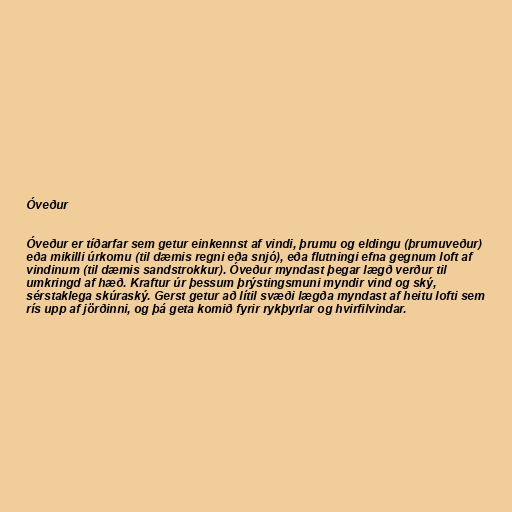
Óveður

Óveður er tíðarfar sem getur einkennst af vindi, þrumu og eldingu (þrumuveður)
eða mikilli úrkomu (til dæmis regni eða snjó), eða flutningi efna gegnum loft af
vindinum (til dæmis sandstrokkur). Óveður myndast þegar lægð verður til
umkringd af hæð. Kraftur úr þessum þrýstingsmuni myndir vind og ský,
sérstaklega skúraský. Gerst getur að lítil svæði lægða myndast af heitu lofti sem
rís upp af jörðinni, og þá geta komið fyrir rykþyrlar og hvirfilvindar.